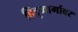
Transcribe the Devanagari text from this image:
हिंदूमार्गावर